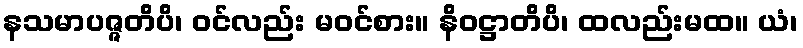
နသမာပဇ္ဇတိပိ၊ ဝင်လည်း မဝင်စား။ နိဝဋ္ဌာတိပိ၊ ထလည်းမထ။ ယံ၊